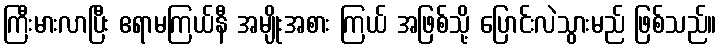
ကြီးမားလာပြီး ဧရာမကြယ်နီ အမျိုးအစား ကြယ် အဖြစ်သို့ ပြောင်းလဲသွားမည် ဖြစ်သည်။